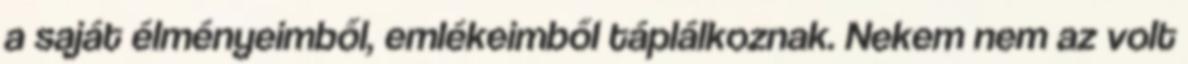
a saját élményeimből, emlékeimből táplálkoznak. Nekem nem az volt